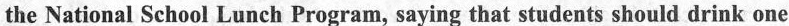
the National School Lunch Program, saying that students should drink one